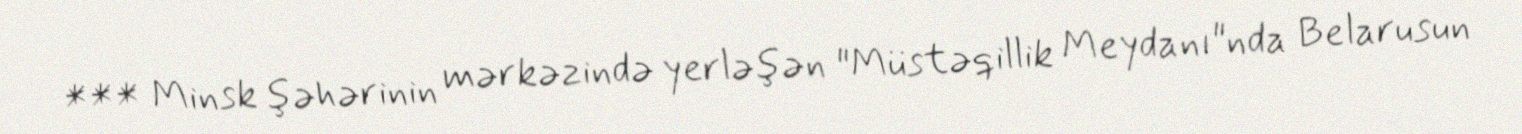
*** Minsk şəhərinin mərkəzində yerləşən "Müstəqillik Meydanı"nda Belarusun